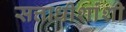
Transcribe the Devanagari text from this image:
सत्ताधीशांशी